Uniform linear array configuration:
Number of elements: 8
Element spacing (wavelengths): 0.75
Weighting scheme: cosine
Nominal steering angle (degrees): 30
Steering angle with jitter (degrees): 31.468
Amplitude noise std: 0.05
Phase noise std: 0.05

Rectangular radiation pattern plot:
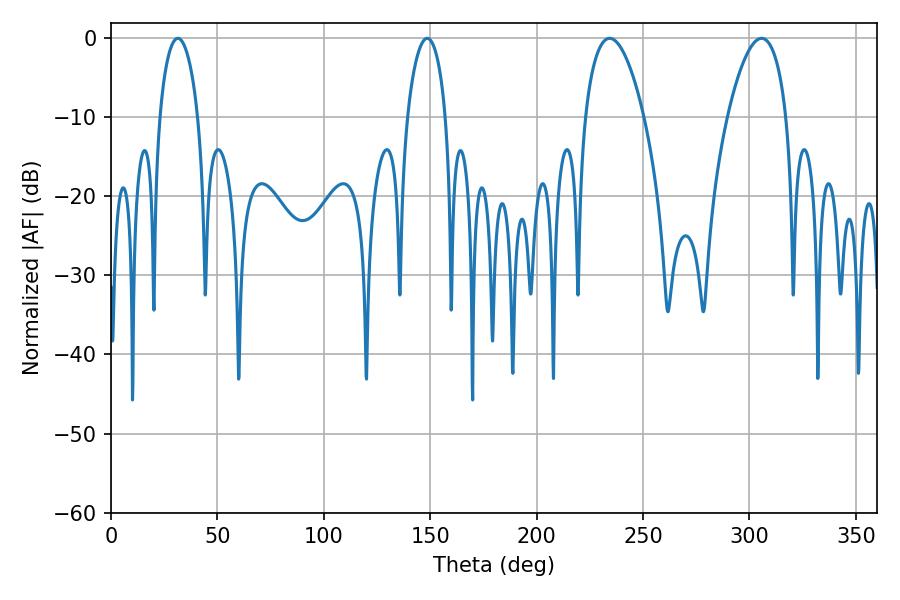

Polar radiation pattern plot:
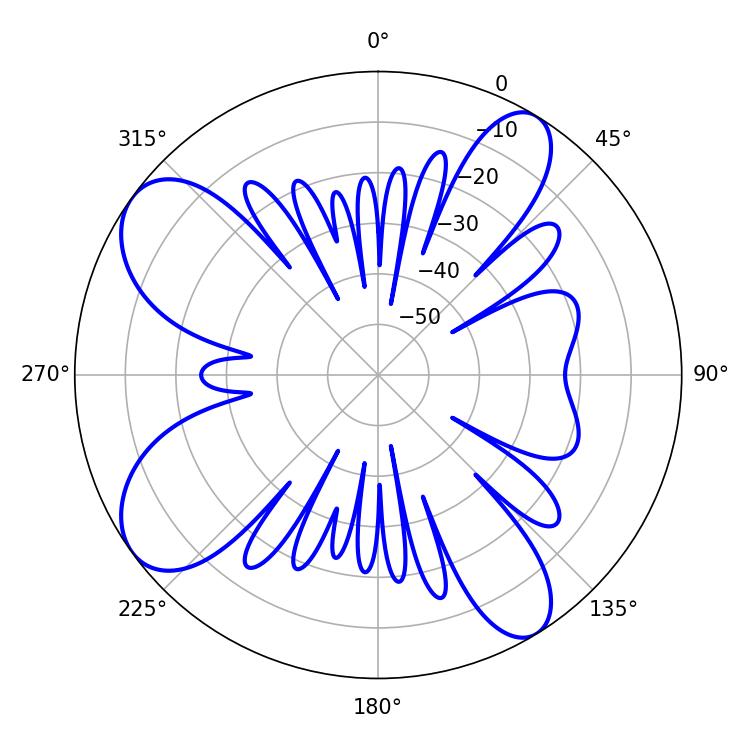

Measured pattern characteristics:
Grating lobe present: TRUE
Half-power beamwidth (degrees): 15.48
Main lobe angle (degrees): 234.36